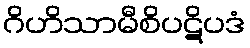
ဂိဟိသာမီစိပဋိပဒံ